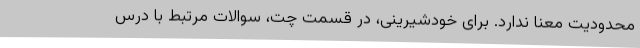
محدودیت معنا ندارد. برای خودشیرینی، در قسمت چت، سوالات مرتبط با درس